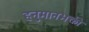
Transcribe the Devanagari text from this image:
हनुमानभक्ती